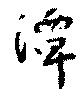
潭